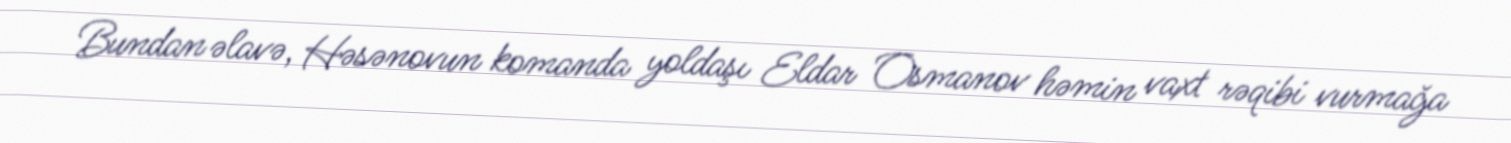
Bundan əlavə, Həsənovun komanda yoldaşı Eldar Osmanov həmin vaxt rəqibi vurmağa